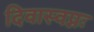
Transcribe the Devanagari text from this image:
दिवास्वप्नः